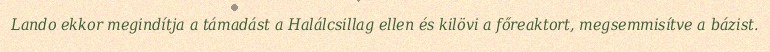
Lando ekkor megindítja a támadást a Halálcsillag ellen és kilövi a főreaktort, megsemmisítve a bázist.